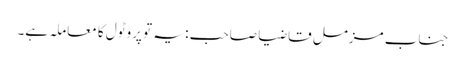
جناب مزمل قاضیا صاحب : یہ تو پروٹول کا معاملہ ہے۔